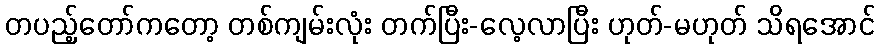
တပည့်တော်ကတော့ တစ်ကျမ်းလုံး တက်ပြီး-လေ့လာပြီး ဟုတ်-မဟုတ် သိရအောင်